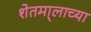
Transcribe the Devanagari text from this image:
शेतमा्लाच्या